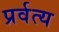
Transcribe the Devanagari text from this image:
प्रर्वत्य